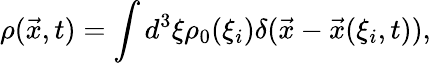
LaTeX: \rho(\vec{x},t)=\int d^{3}\xi\rho_{0}(\xi_{i})\delta(\vec{x}-\vec{x}(\xi_{i},t)),